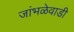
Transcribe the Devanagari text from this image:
जांभळेवाडी